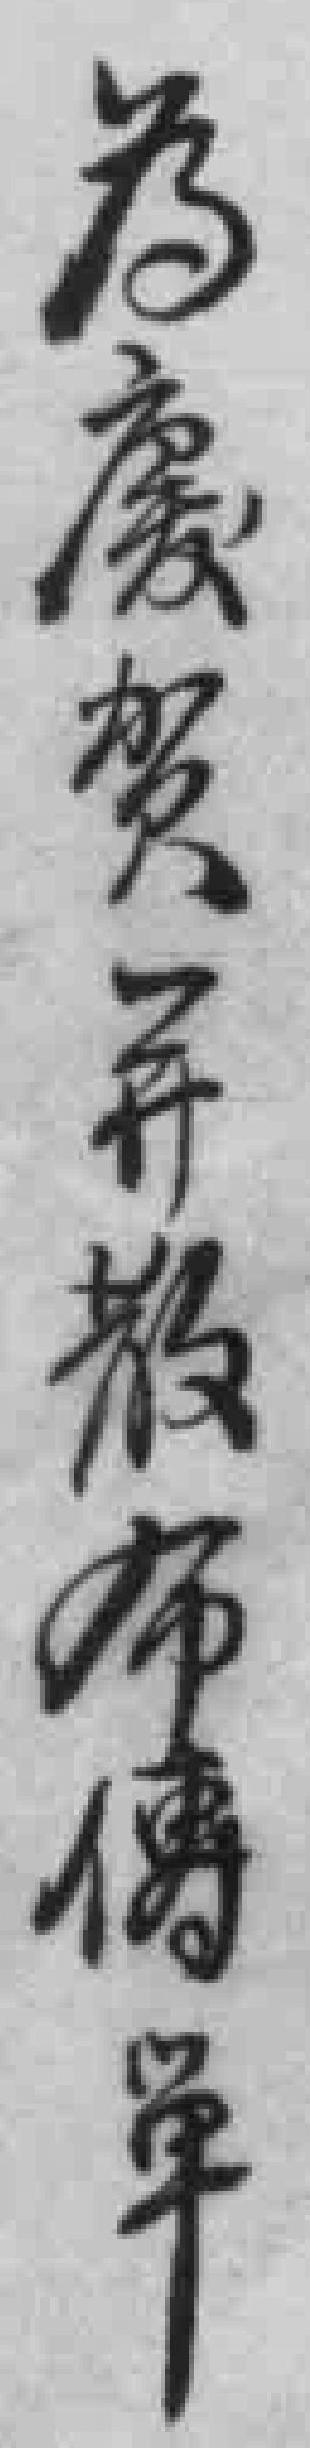
為慶祝并散布傳單